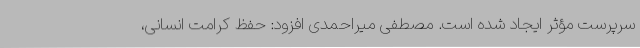
سرپرست مؤثر ایجاد شده است. مصطفی میراحمدی افزود: حفظ کرامت انسانی،